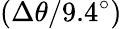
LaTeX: (\Delta\theta/9.4^{\circ})